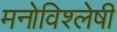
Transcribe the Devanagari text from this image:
मनोविश्लेषी